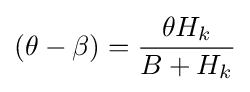
(\theta -\beta )={\frac {\theta H_{k}}{B+H_{k}}}